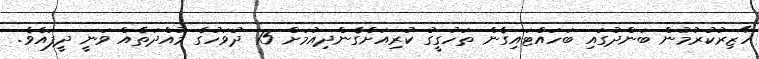
ހާޒިރުކުރުމުން ބަންދުގައި ބަހައްޓައިގެން ތަހުގީގު ކުރިއަށްގެންދިއުމަށް 15 ދުވަހުގެ މުއްދަތެއް ވަނީ ދީފައެވެ.